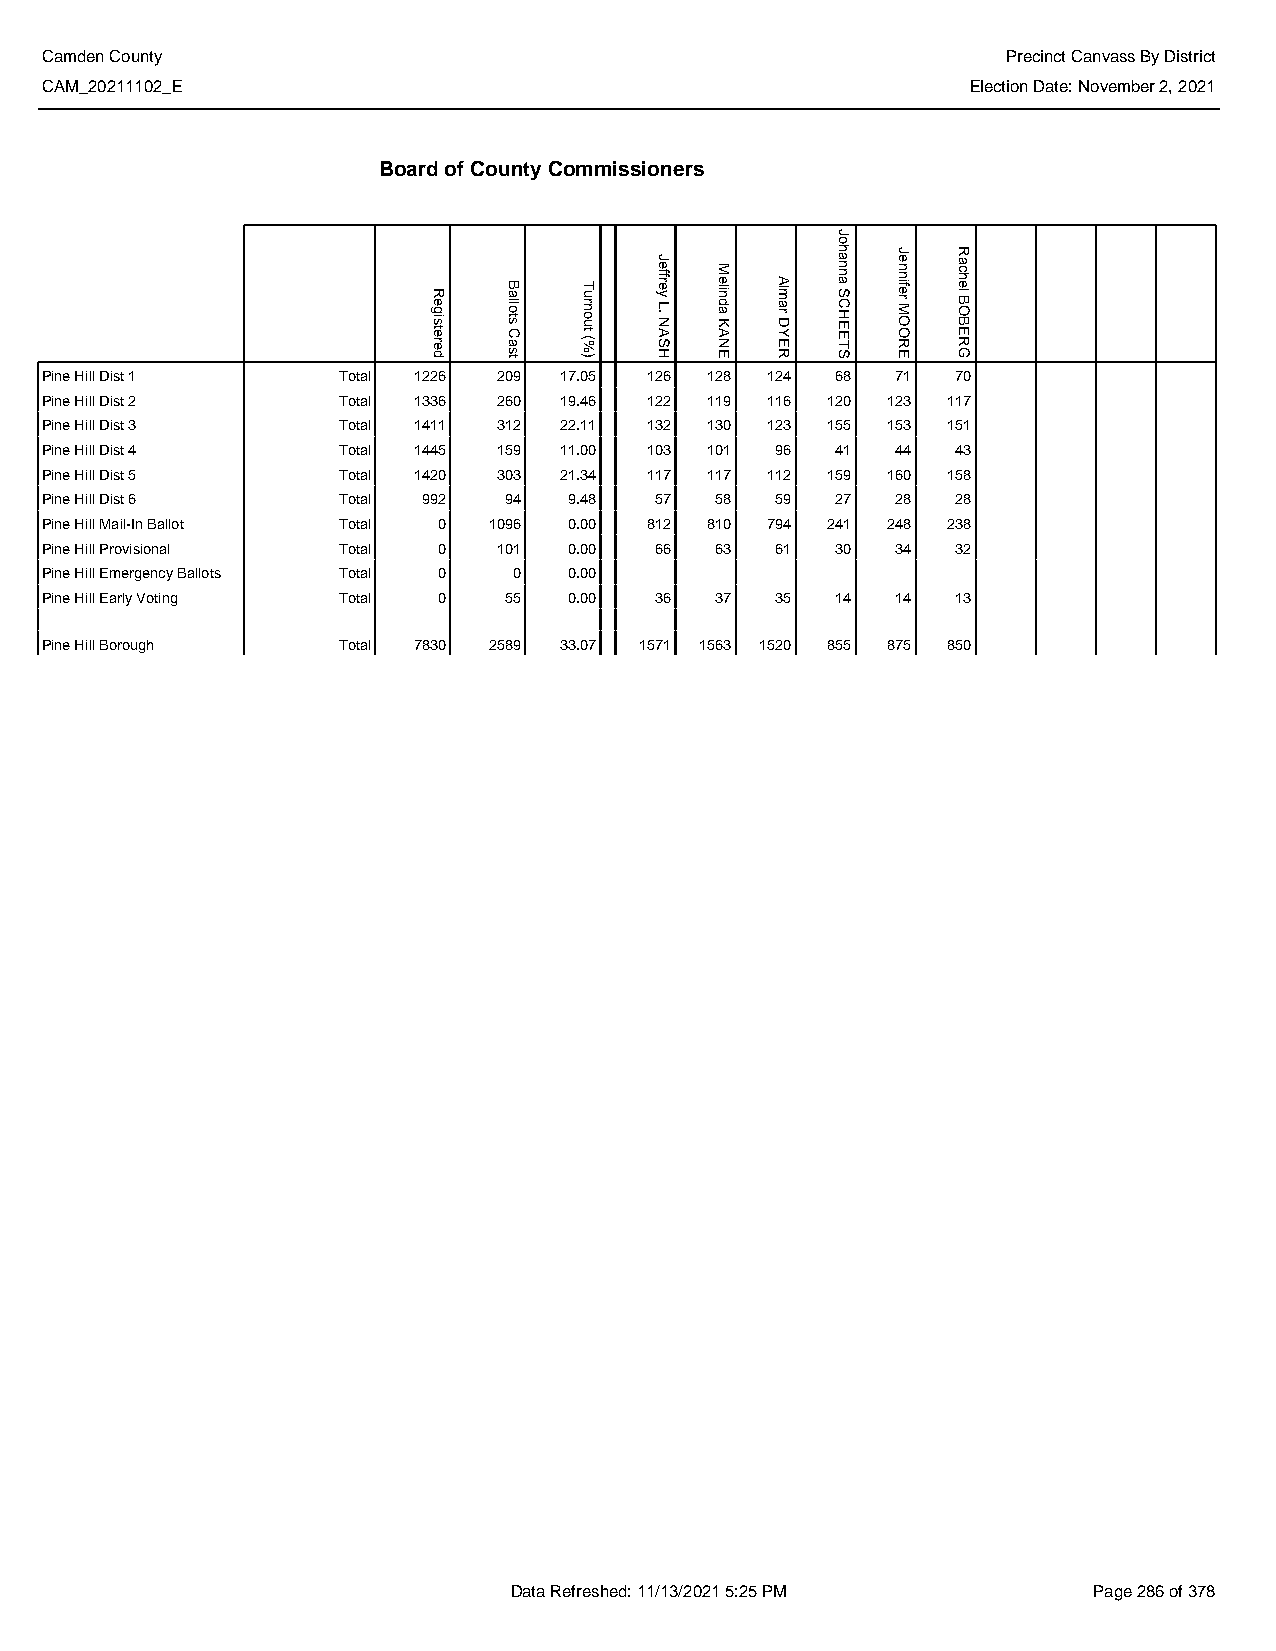
Camden County                                                   Precinct Canvass By District
 CAM_20211102_E                                               Election Date: November 2, 2021
 Board of County Commissioners
 Pine Hill Dist 1   Total 1226 209 17.05 126 128 124 68  71  70
 Pine Hill Dist 2   Total 1336 260 19.46 122 119 116 120 123 117
 Pine Hill Dist 3   Total 1411 312 22.11 132 130 123 155 153 151
 Pine Hill Dist 4   Total 1445 159 11.00 103 101 96  41  44  43
 Pine Hill Dist 5   Total 1420 303 21.34 117 117 112 159 160 158
 Pine Hill Dist 6   Total 992  94   9.48 57  58  59  27  28  28
 Pine Hill Mail-In Ballot Total 0 1096 0.00 812 810 794 241 248 238
 Pine Hill Provisional Total 0 101  0.00 66  63  61  30  34  32
 Pine Hill Emergency Ballots Total 0 0 0.00
 Pine Hill Early Voting Total 0 55  0.00 36  37  35  14  14  13
 Pine Hill Borough  Total 7830 2589 33.07 1571 1563 1520 855 875 850
 Data Refreshed: 11/13/2021 5:25 PM    Page 286 of 378
 Registered
 Ballots
 Cast
 Turnout
 (%)
 Jeffrey
 L.
 NASH
 Melinda
 KANE
 Almar
 DYER
 Johanna
 SCHEETS
 Jennifer
 MOORE
 Rachel
 BOBERG